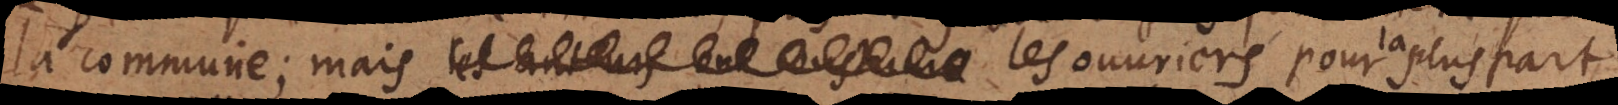
la commune; mais les ouvriers pour la pluspart